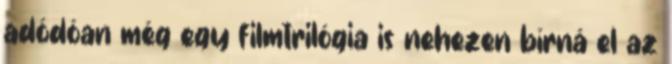
adódóan még egy filmtrilógia is nehezen bírná el az